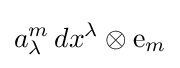
a_{\lambda }^{m}\,dx^{\lambda }\otimes {\mathrm {e} }_{m}